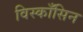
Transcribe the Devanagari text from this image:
विस्काँसिन